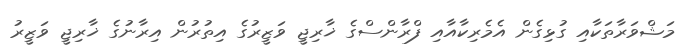
މަޝްވަރާތަކާއި ގުޅިގެން އެމެރިކާއާއި ފްރާންސްގެ ޚާރިޖީ ވަޒީރުގެ އިތުރުން އިރާނުގެ ޚާރިޖީ ވަޒީރު